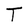
Character: T